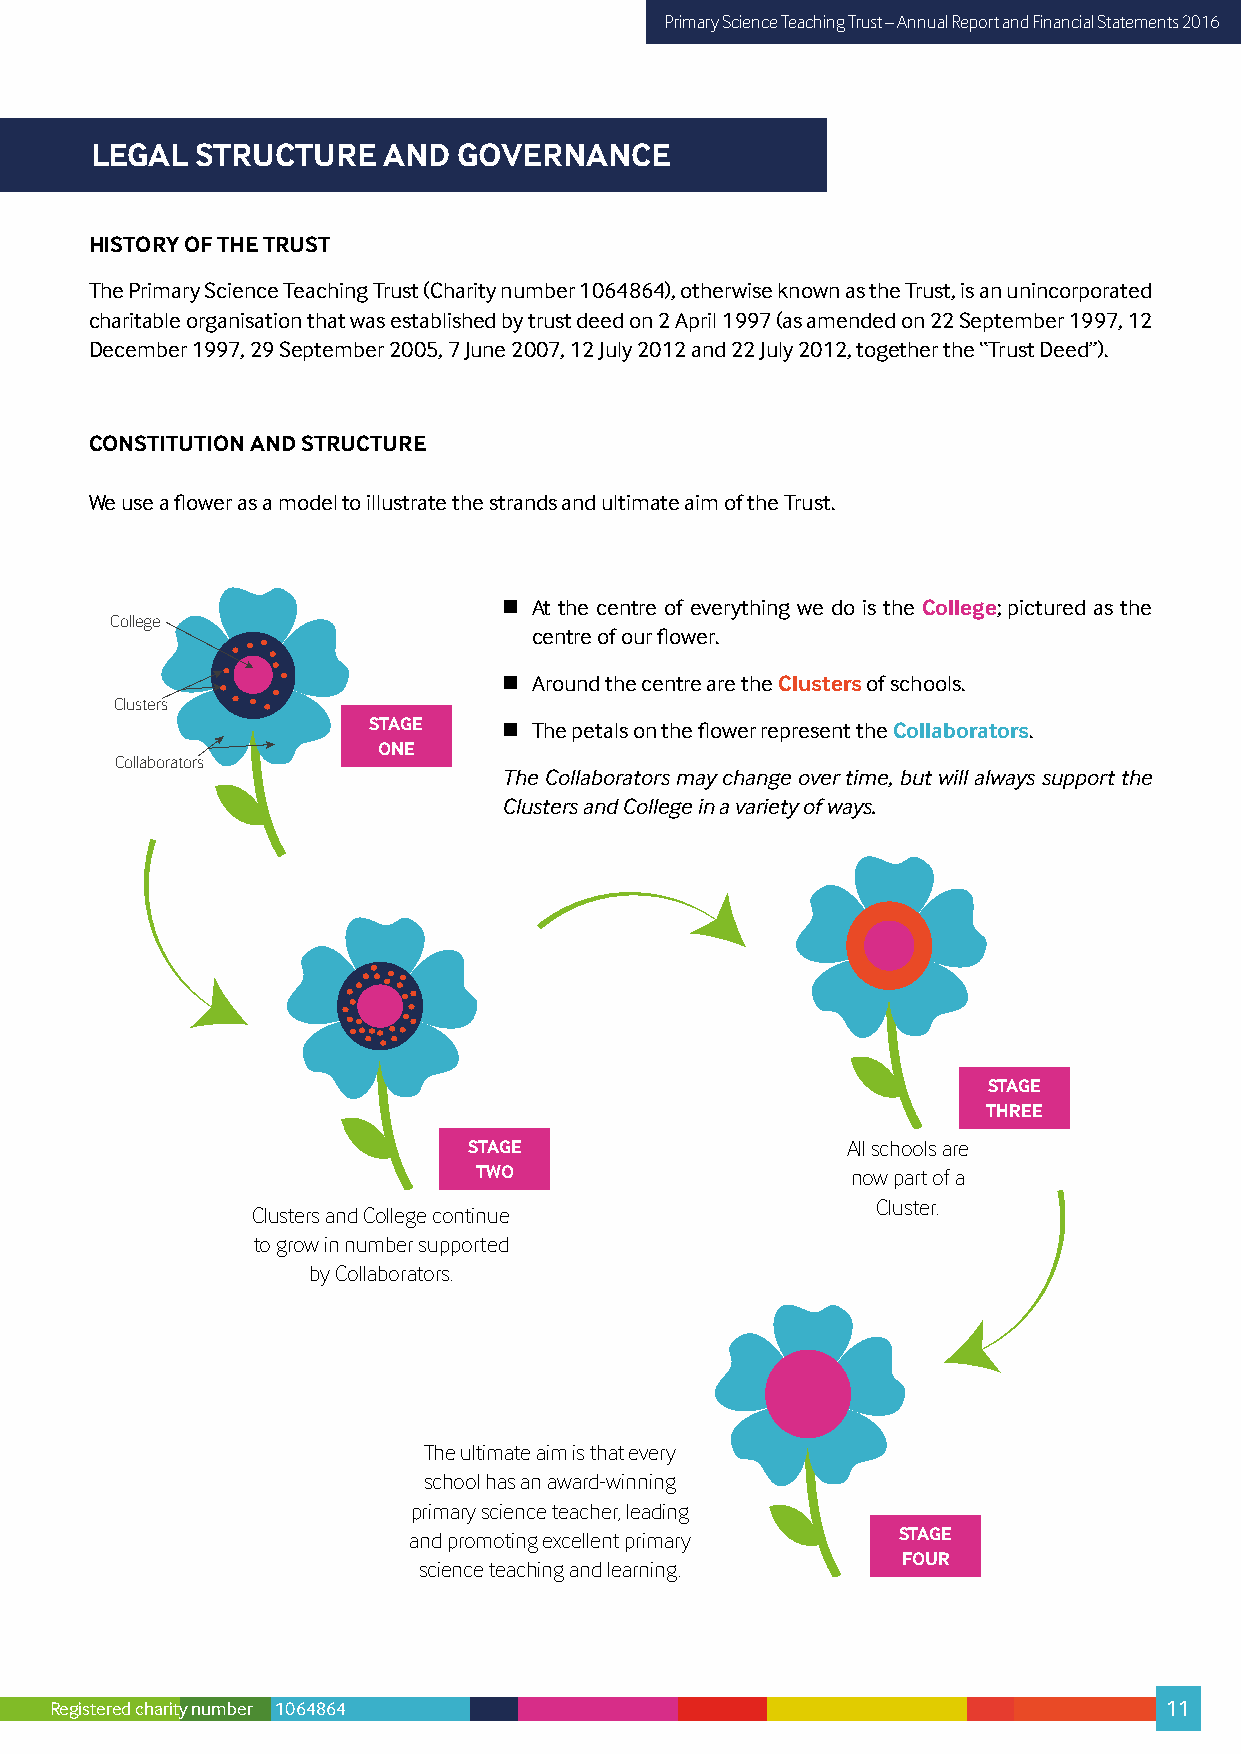
Primary Science Teaching Trust – Annual Report and Financial Statements 2016
 LEGAL  STRUCTURE   AND  GOVERNANCE
 HISTORY OF THE TRUST
 The Primary Science Teaching Trust (Charity number 1064864), otherwise known as the Trust, is an unincorporated
 charitable organisation that was established by trust deed on 2 April 1997 (as amended on 22 September 1997, 12
 December 1997, 29 September 2005, 7 June 2007, 12 July 2012 and 22 July 2012, together the “Trust Deed”).
 CONSTITUTION AND STRUCTURE
 We use a flower as a model to illustrate the strands and ultimate aim of the Trust.
  At the centre of everything we do is the College; pictured as the
 College
 centre of our flower.
  Around the centre are the Clusters of schools.
 Clusters
 STAGE     The petals on the flower represent the Collaborators.
 ONE
 Collaborators
 The Collaborators may change over time, but will always support the
 Clusters and College in a variety of ways.
 STAGE
 THREE
 STAGE                    All schools are
 TWO                      now part of a
 Cluster.
 Clusters and College continue
 to grow in number supported
 by Collaborators.
 The ultimate aim is that every
 school has an award-winning
 primary science teacher, leading
 and promoting excellent primary STAGE
 FOUR
 science teaching and learning.
 Registered charity number 1064864                                         11